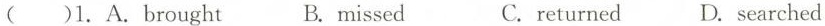
( )1. A. Brought B.missed C.returned D. searched